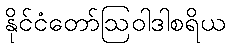
နိုင်ငံတော်ဩဝါဒါစရိယ